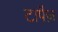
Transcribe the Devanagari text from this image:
टापैज़